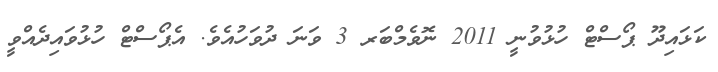
ކަޅައިދޫ ޕޯސްޓް ހުޅުވުނީ 2011 ނޮވެމްބަރ 3 ވަނަ ދުވަހުއެވެ. އެޕޯސްޓް ހުޅުވައިދެއްވީ